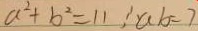
a ^ { 2 } + b ^ { 2 } = 1 1 , a b = 7